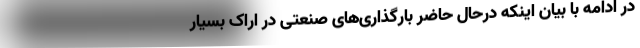
در ادامه با بیان اینکه درحال‌ حاضر بارگذاری‌های صنعتی در اراک بسیار